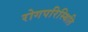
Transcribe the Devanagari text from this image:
रोगपरिस्थिति